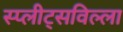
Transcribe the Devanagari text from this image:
स्प्लीट्सविल्ला